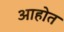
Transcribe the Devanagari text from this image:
अाहोत